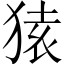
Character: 𫞤